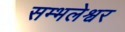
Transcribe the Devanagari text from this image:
सम्भलेश्वर